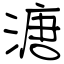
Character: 溏